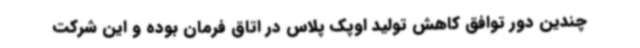
چندین دور توافق کاهش تولید اوپک پلاس در اتاق فرمان بوده و این شرکت